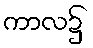
ကာလ၌